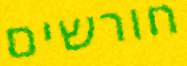
חורשים